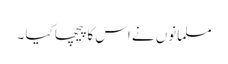
مسلمانوں نے اس کا پیچھا کیا ۔